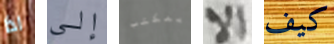
اذا إلى بمكتب الا كيف